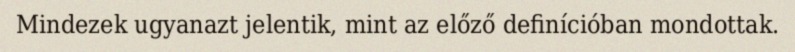
Mindezek ugyanazt jelentik, mint az előző definícióban mondottak.